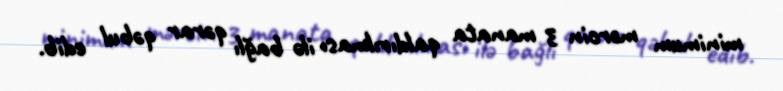
minimum mərcin 3 manata qaldırılması ilə bağlı qərar qəbul edib.